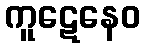
ကူဋေနေဝ